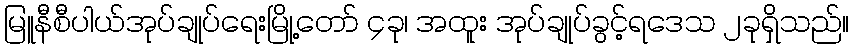
မြူနီစီပါယ်အုပ်ချုပ်ရေးမြို့တော် ၄ခု၊ အထူး အုပ်ချုပ်ခွင့်ရဒေသ ၂ခုရှိသည်။